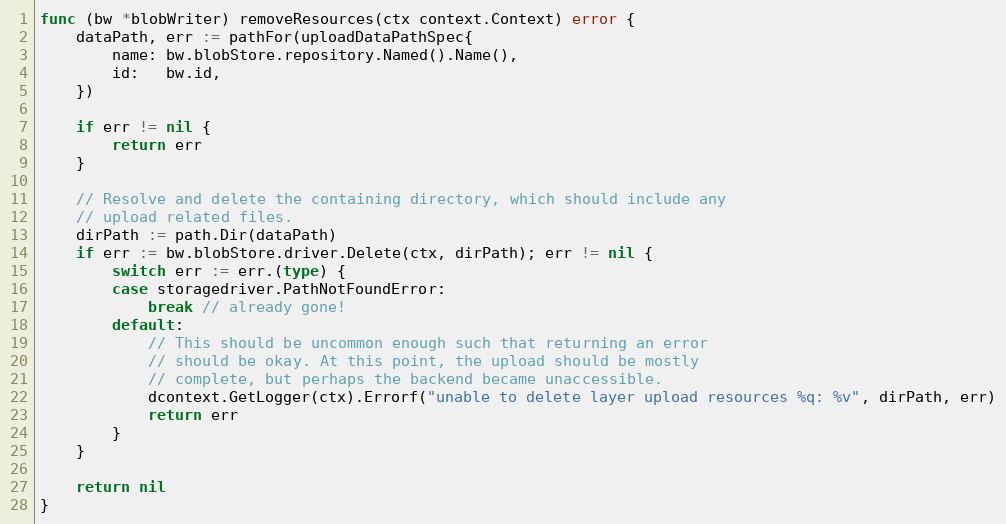
Language: Go
func (bw *blobWriter) removeResources(ctx context.Context) error {
	dataPath, err := pathFor(uploadDataPathSpec{
		name: bw.blobStore.repository.Named().Name(),
		id:   bw.id,
	})

	if err != nil {
		return err
	}

	// Resolve and delete the containing directory, which should include any
	// upload related files.
	dirPath := path.Dir(dataPath)
	if err := bw.blobStore.driver.Delete(ctx, dirPath); err != nil {
		switch err := err.(type) {
		case storagedriver.PathNotFoundError:
			break // already gone!
		default:
			// This should be uncommon enough such that returning an error
			// should be okay. At this point, the upload should be mostly
			// complete, but perhaps the backend became unaccessible.
			dcontext.GetLogger(ctx).Errorf("unable to delete layer upload resources %q: %v", dirPath, err)
			return err
		}
	}

	return nil
}